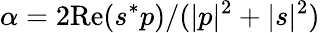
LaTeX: \alpha=2\mathrm{Re}(s^{*}p)/(|p|^{2}+|s|^{2})